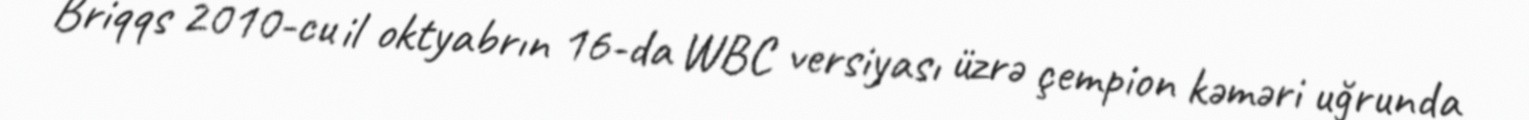
Briqqs 2010-cu il oktyabrın 16-da WBC versiyası üzrə çempion kəməri uğrunda